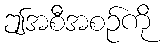
ဤအစီအစဉ်ကို